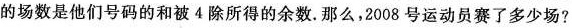
的场数是他们号码的和被4除所得的余数。那么，2008号运动员赛了多少场?